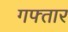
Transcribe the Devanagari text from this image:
गफ्तार